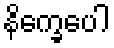
နိက္ခေပေါ